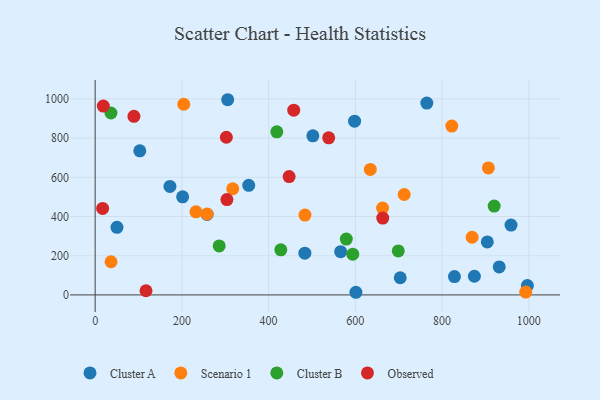
{"axis": {"x": "Speed", "y": "Exam Score"}, "legend": ["Cluster A", "Cluster B", "Observed", "Scenario 1"], "data": [{"x": "959.0", "y": 356.3, "type": "Cluster A"}, {"x": "502.0", "y": 811.8, "type": "Cluster A"}, {"x": "566.1", "y": 220.6, "type": "Cluster A"}, {"x": "601.3", "y": 13.5, "type": "Cluster A"}, {"x": "703.5", "y": 87.7, "type": "Cluster A"}, {"x": "996.7", "y": 47.5, "type": "Cluster A"}, {"x": "305.6", "y": 995.8, "type": "Cluster A"}, {"x": "258.2", "y": 410.4, "type": "Cluster A"}, {"x": "931.8", "y": 142.7, "type": "Cluster A"}, {"x": "483.6", "y": 213.2, "type": "Cluster A"}, {"x": "904.3", "y": 270.4, "type": "Cluster A"}, {"x": "50.3", "y": 345.0, "type": "Cluster A"}, {"x": "764.8", "y": 978.9, "type": "Cluster A"}, {"x": "874.5", "y": 95.2, "type": "Cluster A"}, {"x": "354.1", "y": 559.2, "type": "Cluster A"}, {"x": "201.7", "y": 500.3, "type": "Cluster A"}, {"x": "172.4", "y": 553.5, "type": "Cluster A"}, {"x": "828.5", "y": 93.4, "type": "Cluster A"}, {"x": "598.2", "y": 886.3, "type": "Cluster A"}, {"x": "102.9", "y": 735.1, "type": "Cluster A"}, {"x": "483.8", "y": 407.1, "type": "Scenario 1"}, {"x": "662.8", "y": 443.2, "type": "Scenario 1"}, {"x": "36.6", "y": 169.2, "type": "Scenario 1"}, {"x": "869.3", "y": 294.2, "type": "Scenario 1"}, {"x": "822.4", "y": 861.5, "type": "Scenario 1"}, {"x": "232.4", "y": 423.7, "type": "Scenario 1"}, {"x": "258.2", "y": 412.8, "type": "Scenario 1"}, {"x": "317.3", "y": 541.7, "type": "Scenario 1"}, {"x": "992.9", "y": 14.7, "type": "Scenario 1"}, {"x": "712.6", "y": 512.2, "type": "Scenario 1"}, {"x": "634.5", "y": 640.2, "type": "Scenario 1"}, {"x": "906.8", "y": 648.1, "type": "Scenario 1"}, {"x": "204.3", "y": 972.7, "type": "Scenario 1"}, {"x": "594.0", "y": 207.9, "type": "Cluster B"}, {"x": "699.0", "y": 224.7, "type": "Cluster B"}, {"x": "920.1", "y": 453.4, "type": "Cluster B"}, {"x": "579.1", "y": 284.9, "type": "Cluster B"}, {"x": "428.1", "y": 230.3, "type": "Cluster B"}, {"x": "286.0", "y": 250.0, "type": "Cluster B"}, {"x": "418.9", "y": 831.8, "type": "Cluster B"}, {"x": "36.4", "y": 928.0, "type": "Cluster B"}, {"x": "663.2", "y": 392.1, "type": "Observed"}, {"x": "303.8", "y": 486.3, "type": "Observed"}, {"x": "17.2", "y": 441.2, "type": "Observed"}, {"x": "18.8", "y": 963.6, "type": "Observed"}, {"x": "117.2", "y": 21.3, "type": "Observed"}, {"x": "538.5", "y": 801.2, "type": "Observed"}, {"x": "447.3", "y": 603.5, "type": "Observed"}, {"x": "302.5", "y": 804.3, "type": "Observed"}, {"x": "457.9", "y": 942.5, "type": "Observed"}, {"x": "89.4", "y": 911.3, "type": "Observed"}]}